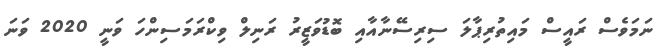
ނަމަވެސް ރައީސް މައިތުރިޕާލަ ސިރިސޭނާއާއި ބޮޑުވަޒީރު ރަނިލް ވިކްރަމަސިންހަ ވަނީ 2020 ވަނަ